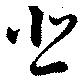
悲